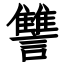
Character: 讐